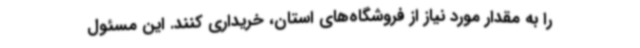
را به مقدار مورد نیاز از فروشگاه‌های استان، خریداری کنند. این مسئول